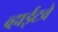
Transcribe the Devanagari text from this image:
व्हाईटवे